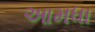
આમધા